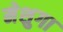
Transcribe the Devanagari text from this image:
मेशुगा